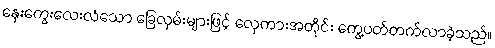
နှေးကွေးလေးလံသော ခြေလှမ်းများဖြင့် လှေကားအတိုင်း ကွေ့ပတ်တက်လာခဲ့သည်။